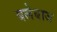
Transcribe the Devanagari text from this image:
बलेबाज